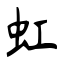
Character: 虹